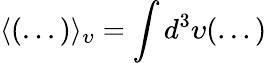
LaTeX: \langle(...)\rangle_{\upsilon}=\int d^{3}\upsilon(...)